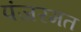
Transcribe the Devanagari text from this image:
पंजरमत